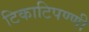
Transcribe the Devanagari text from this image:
टिकाटिपण्णी